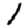
Digit: 1